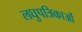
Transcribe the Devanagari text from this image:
लघुपत्रिकाओं